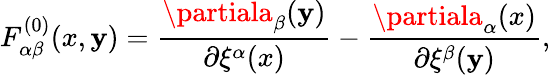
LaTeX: F_{\alpha\beta}^{(0)}(x,\mathbf{y})=\frac{{\partiala_{\beta}(\mathbf{y})}}{{\partial\xi^{\alpha}(x)}}-\frac{{\partiala_{\alpha}(x)}}{{\partial\xi^{\beta}(\mathbf{y})}},